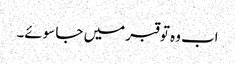
اب وہ تو قبر میں جا سوئے۔